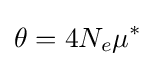
\theta =4N_{e}\mu ^{*}